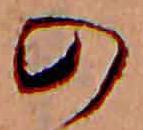
の